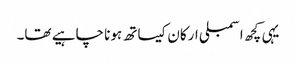
یہی کچھ اسمبلی ارکان کیساتھ ہونا چاہیے تھا۔